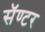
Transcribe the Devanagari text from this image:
सॅण्टर